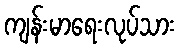
ကျန်းမာရေးလုပ်သား